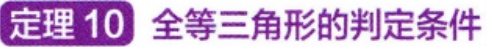
定理 10 全等三角形的判定条件